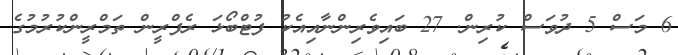
6 މަސް 5 ދުވަސް ކުރިން. 27 ބައިވެރިންނާއިއެކު ފުޓްބޯޅަ ރެފްރީން ތަމްރީންކުރުމުގެ